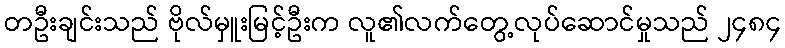
တဦးချင်းသည် ဗိုလ်မှူးမြင့်ဦးက လူ၏လက်တွေ့လုပ်ဆောင်မှုသည် ၂၄၈၄